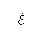
Letter: _gayn